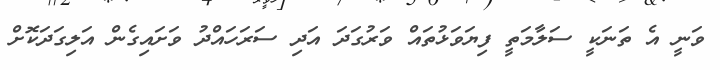
ވަނީ އެ ތަނަކީ ސަލާމަތީ ފިޔަވަޅުތައް ވަރުގަދަ އަދި ސަރަހައްދު ވަށައިގެން އަލިގަދަކޮށް